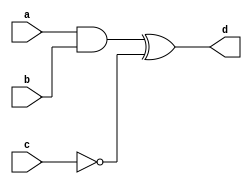
module ComplexLogicGate (
    input wire a,
    input wire b,
    input wire c,
    output wire d
);

wire x, y, z;

assign x = a & b;
assign y = ~c;
assign z = x ^ y;
assign d = z;

endmodule